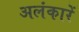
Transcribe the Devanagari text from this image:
अलंकारें